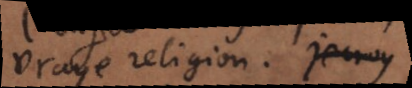
vraye religion. je croy